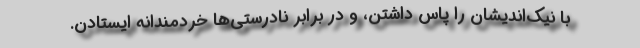
با نیک‌اندیشان را پاس داشتن، و در برابر نادرستی‌ها خردمندانه ایستادن.